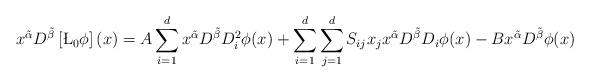
LaTeX: \begin{align*} x^{\tilde{\alpha}}D^{\tilde{\beta}}\left[\L_0\phi\right](x) = A\sum_{i=1}^{d}x^{\tilde{\alpha}}D^{\tilde{\beta}}D_i^2\phi(x) +\sum_{i=1}^{d}\sum_{j=1}^{d}S_{ij}x_jx^{\tilde{\alpha}}D^{\tilde{\beta}}D_i\phi(x) -Bx^{\tilde{\alpha}}D^{\tilde{\beta}}\phi(x) \end{align*}